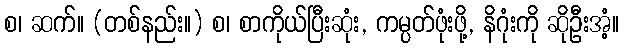
စ၊ ဆက်။ (တစ်နည်း။) စ၊ စာကိုယ်ပြီးဆုံး, ကမ္ပတ်ဖုံးဖို့, နိဂုံးကို ဆိုဦးအံ့။